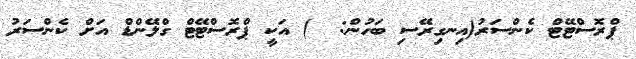
ޕްރޮސްޓޭޓް ކެންސަރު(އިނގިރޭސި ބަހުން:  ) އަކީ ޕްރޮސްޓޭޓް ގްލޭންޑް އަށް ކެންސަރު